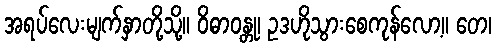
အရပ်လေးမျက်နှာတို့သို့။ ဝိဓာဝန္တု၊ ဥဒဟိုသွားစေကုန်လော့။ တေ၊